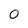
Character: 0